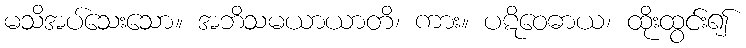
မသိအပ်သေးသော။ အဘိသမယာယာတိ၊ ကား။ ပဋိဝေဓာယ၊ ထိုးထွင်း၍